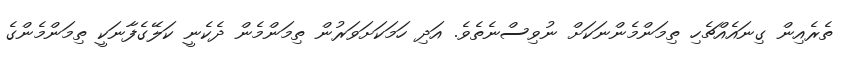
ތެރެއިން ގިނައެއްޗެހި ތިމަންމެންނަކަށް ނުވިސްނެތެވެ. އަދި ހަމަކަށަވަރުން ތިމަންމެން ދެކެނީ ކަލޭގެފާނަކީ ތިމަންމެންގެ